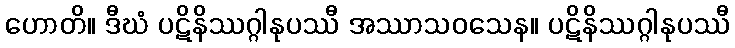
ဟောတိ။ ဒီဃံ ပဋိနိဿဂ္ဂါနုပဿီ အဿာသဝသေန။ ပဋိနိဿဂ္ဂါနုပဿီ